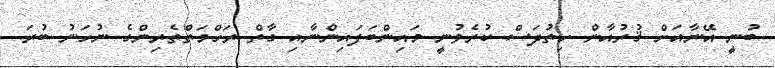
ބުނީ އޭނާއަށް ޤުރުއާން ހިތުދަސް ކުރެވުނީ މައިންބަފައިންނާއި ގާތް ރަހްމަތްތެރިންގެ ނުހަނު ބުރަ